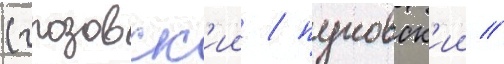
(грозовск'ии / пуковск'ии /